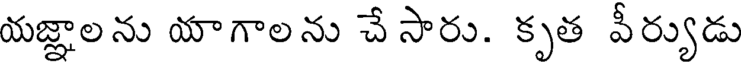
యజ్ఞాలను యాగాలను చే సారు. కృత వీర్యుడు